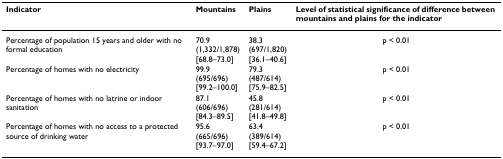
| Indicator | Mountains | Plains | Level of statistical significance of difference between mountains and plains for the indicator |
 | --- | --- | --- | --- |
 | Percentage of population 15 years and older with no formal education | 70.9(1,332/1,878)[68.8–73.0] | 38.3(697/1,820)[36.1–40.6] | p < 0.01 |
 | Percentage of homes with no electricity | 99.9(695/696)[99.2–100.0] | 79.3(487/614)[75.9–82.5] | p < 0.01 |
 | Percentage of homes with no latrine or indoor sanitation | 87.1(606/696)[84.3–89.5] | 45.8(281/614)[41.8–49.8] | p < 0.01 |
 | Percentage of homes with no access to a protected source of drinking water | 95.6(665/696)[93.7–97.0] | 63.4(389/614)[59.4–67.2] | p < 0.01 |